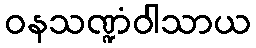
ဝနသဏ္ဍံဝါသာယ